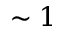
\sim 1